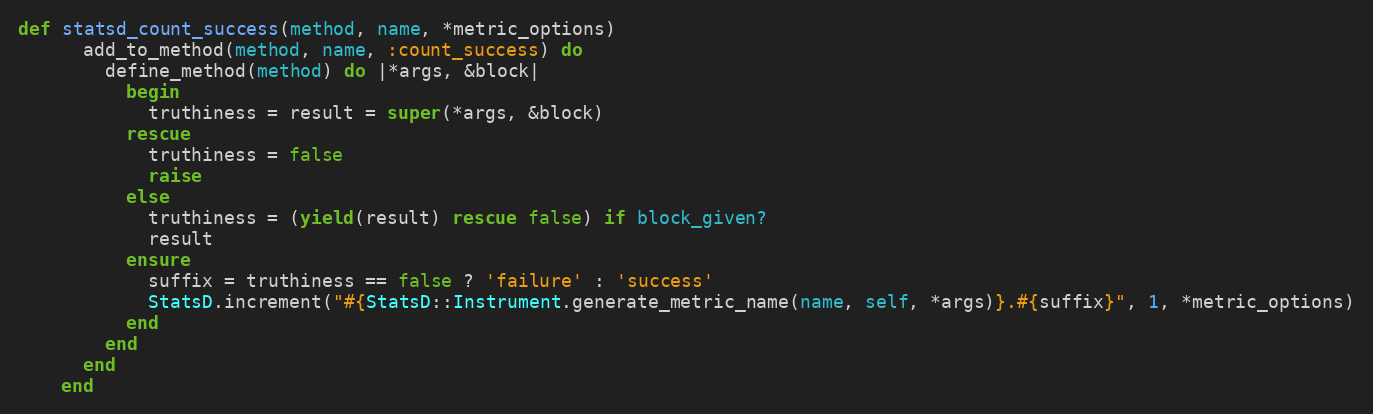
Language: Ruby
def statsd_count_success(method, name, *metric_options)
      add_to_method(method, name, :count_success) do
        define_method(method) do |*args, &block|
          begin
            truthiness = result = super(*args, &block)
          rescue
            truthiness = false
            raise
          else
            truthiness = (yield(result) rescue false) if block_given?
            result
          ensure
            suffix = truthiness == false ? 'failure' : 'success'
            StatsD.increment("#{StatsD::Instrument.generate_metric_name(name, self, *args)}.#{suffix}", 1, *metric_options)
          end
        end
      end
    end